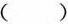
()